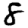
Digit: 8